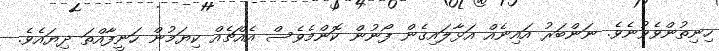
ހިނިތުންވެވުނެވެ. ނަންބަރު އައިނެއް އަޅާލައިގެން ފޯނުން ކޮންމެެވެސް އެއްޗެއް ކިޔަމުން ހަނީފާއްތަ ދިޔައެވެ.